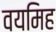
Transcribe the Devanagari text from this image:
वयमिह